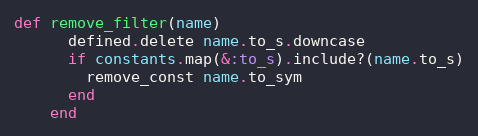
Language: Ruby
def remove_filter(name)
      defined.delete name.to_s.downcase
      if constants.map(&:to_s).include?(name.to_s)
        remove_const name.to_sym
      end
    end